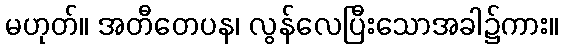
မဟုတ်။ အတီတေပန၊ လွန်လေပြီးသောအခါ၌ကား။